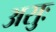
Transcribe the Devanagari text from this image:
असुः